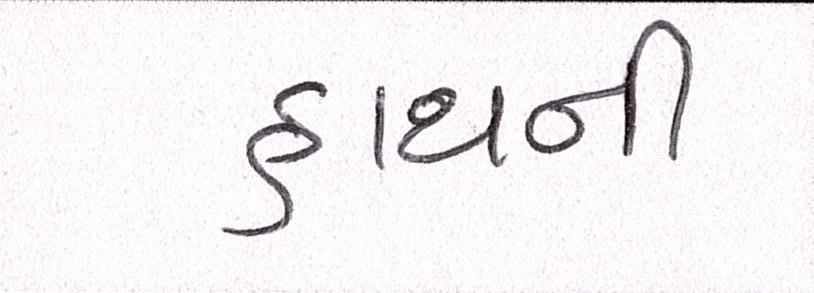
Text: હાથની